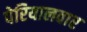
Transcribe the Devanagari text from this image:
पेरियालवार